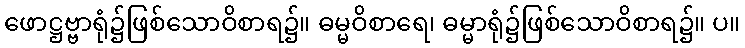
ဖောဋ္ဌဗ္ဗာရုံ၌ဖြစ်သောဝိစာရ၌။ ဓမ္မဝိစာရေ၊ ဓမ္မာရုံ၌ဖြစ်သောဝိစာရ၌။ ပ။